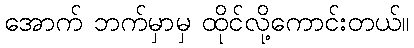
အောက် ဘက်မှာမှ ထိုင်လို့ကောင်းတယ်။